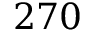
2 7 0